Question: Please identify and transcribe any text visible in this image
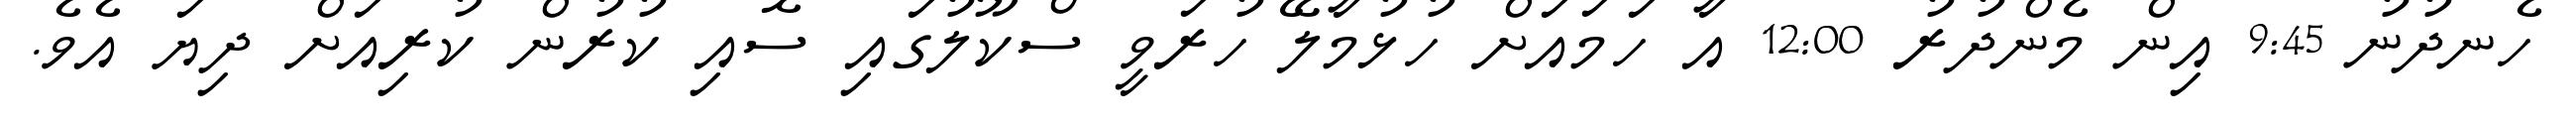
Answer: ހެނދުނު 9:45 އިން މެންދުރު 12:00 އާ ހަމައަށް ހުޅުމާލޭ ހުރަވީ ސްކޫލުގައި ސޮއި ކުރުން ކުރިއަށް ދިޔަ އެވެ.